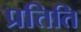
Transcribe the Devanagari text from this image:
प्रतिति